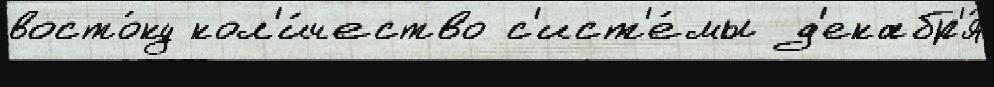
восто́ку кол'и́чество с'ист'е́мы д'екабр'я́